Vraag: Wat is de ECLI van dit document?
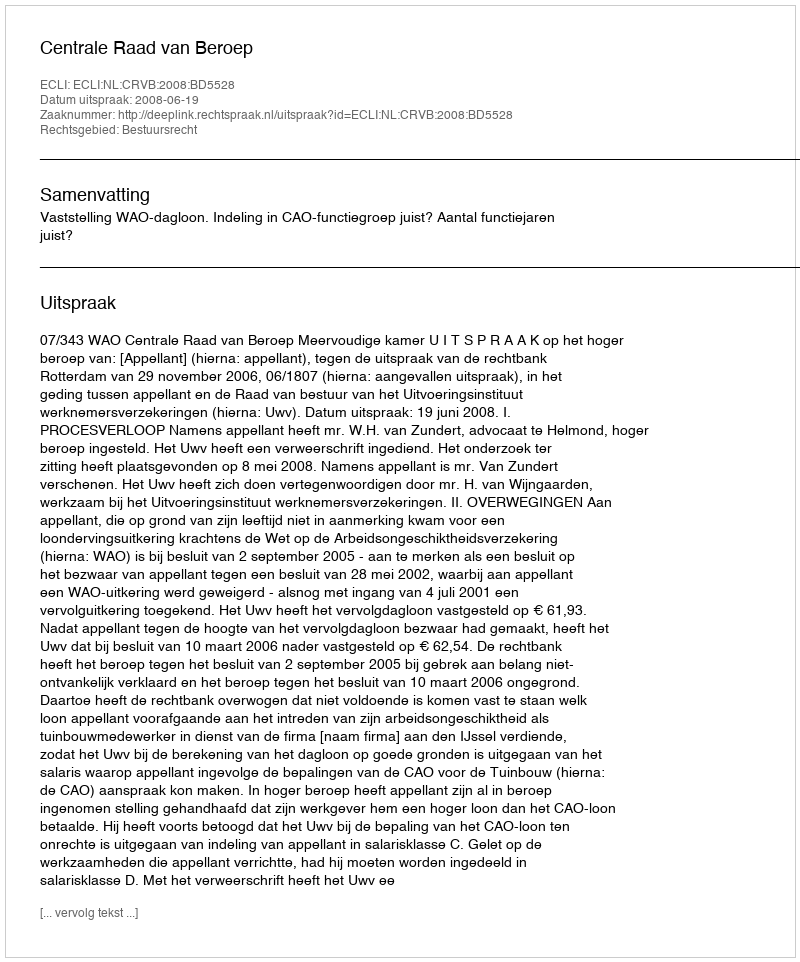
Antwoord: ECLI:NL:CRVB:2008:BD5528